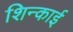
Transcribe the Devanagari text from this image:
शिन्काई